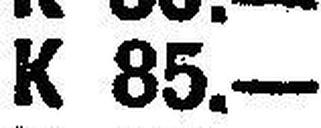
K 85.—